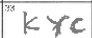
Transcription: KYC